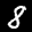
Label: 8